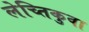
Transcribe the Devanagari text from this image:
लेच्तिकुवा